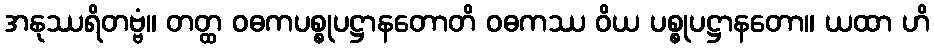
အနုဿရိတဗ္ဗံ။ တတ္ထ ဝဓကပစ္စုပဋ္ဌာနတောတိ ဝဓကဿ ဝိယ ပစ္စုပဋ္ဌာနတော။ ယထာ ဟိ